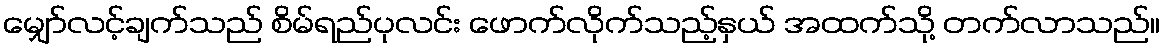
မျှော်လင့်ချက်သည် စိမ်ရည်ပုလင်း ဖောက်လိုက်သည့်နှယ် အထက်သို့ တက်လာသည်။